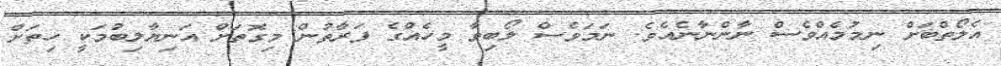
އެލޯތްބަށް ނިމުމެއްވެސް ނާންނާނެއެވެ. ނަމަވެސް ލޯބިވާ މީހެއްގެ ފަރާތުން މިގޮތަށް އަނިޔާލިބުމަކީ ހިތަށް